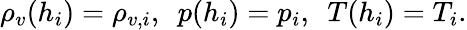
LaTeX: \rho_{v}(h_{i})=\rho_{v,i},~~p(h_{i})=p_{i},~~T(h_{i})=T_{i}.